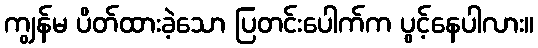
ကျွန်မ ပိတ်ထားခဲ့သော ပြတင်းပေါက်က ပွင့်နေပါလား။